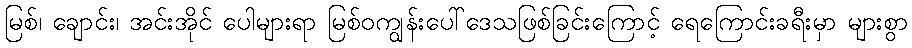
မြစ်၊ ချောင်း၊ အင်းအိုင် ပေါများရာ မြစ်ဝကျွန်းပေါ်ဒေသဖြစ်ခြင်းကြောင့် ရေကြောင်းခရီးမှာ များစွာ